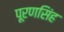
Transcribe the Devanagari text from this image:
पूरणसिंह